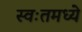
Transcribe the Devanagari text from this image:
स्वःतमध्ये